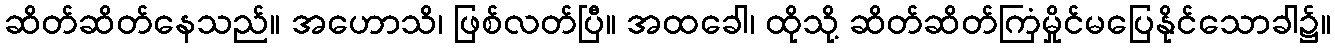
ဆိတ်ဆိတ်နေသည်။ အဟောသိ၊ ဖြစ်လတ်ပြီ။ အထခေါ၊ ထိုသို့ ဆိတ်ဆိတ်ကြံမှိုင်မပြေနိုင်သောခါ၌။